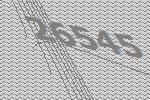
26545